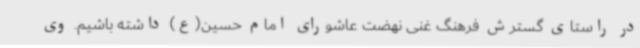
در راستای گسترش فرهنگ غنی نهضت عاشورای امام حسین(ع) داشته باشیم. وی